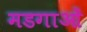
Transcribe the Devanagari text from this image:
मडगाओं